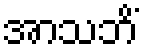
အာသဘိံ